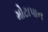
મોટાપાન